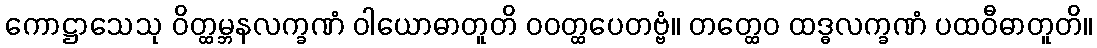
ကောဋ္ဌာသေသု ဝိတ္ထမ္ဘနလက္ခဏံ ဝါယောဓာတူတိ ဝဝတ္ထပေတဗ္ဗံ။ တတ္ထေဝ ထဒ္ဓလက္ခဏံ ပထဝီဓာတူတိ။